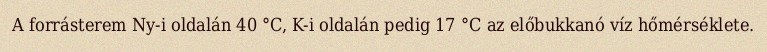
A forrásterem Ny-i oldalán 40 °C, K-i oldalán pedig 17 °C az előbukkanó víz hőmérséklete.